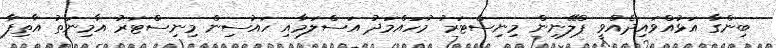
ބިންގާ އަޅުއްވައިދެއްވީ ޕްލޭނިން މިނިސްޓަރު މުހައްމަދު އަސްލަމާއި ހައުސިން މިނިސްޓަރު އާމިނަތު އާތިފާ